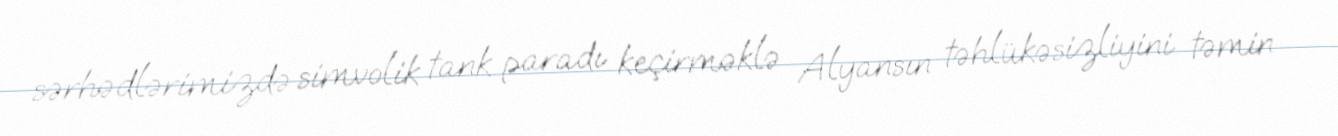
sərhədlərimizdə simvolik tank paradı keçirməklə Alyansın təhlükəsizliyini təmin